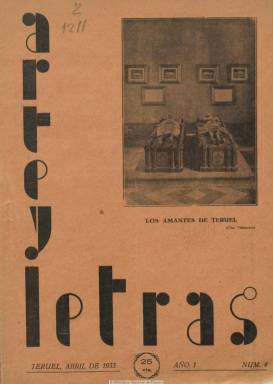
Título: Arte y letras (Teruel)
Colección: Arte || Literatura
Ámbito geográfico: Teruel
Lugar de publicación: Teruel
Fechas: 01/04/1933-30/11/1933

Revista mensual editada por la Sociedad de Amigos del Arte, de Teruel, con el propósito de reavivar las actividades artísticas y literarias en la ciudad y provincia y promover exposiciones, conciertos y certámenes, en donde confluyen, entre otros, los artistas Epifanio Abad y Salvador Gisbert, el poeta Luis Alcusa y Alonso Bea, que con toda probabilidad fue el director de la publicación, y que, en 1939, escribirá Ecos de la gesta de Teruel, con prólogo del general  Varela. Debió comenzar a publicarse a finales de 1932 o en enero de 1933, pues la colección de la Biblioteca Nacional de España comienza en su número 4, correspondiente al mes de abril de este año. Sus entregas son, generalmente, de doce páginas, con una cubierta ilustrada ocupada por una fotografía referida a monumentos o edificios turolenses (Los amantes de Teruel, la Torre de San Martín o la Casa Consistorial), en cuyo verso se inserta publicidad comercial local. Salió de la Imprenta B. Villanueva, compuesta a dos columnas.

Comienza cada número con una crónica de Alonso Bea bajo el epígrafe Garabatos, y le siguen otros textos sobre arte, monumentos arquitectónicos, historia, leyendas o estampas de la ciudad, además de otros de carácter creativo, tanto en prosa como en verso. También tiene una sección de Efemérides turolenses y da cuenta de las actividades de la sociedad, entre estas la velada literario-musical celebrada en el Teatro Martín o el certamen literario que organiza. Además de Bea, aparecen textos firmados por Marcial Pastor Sancho, Anselmo Sanz Serrano, Mariano Romance Roda, Alfonso Ferrer, Teodora Barquera, José Anduj o González Quintilla, así como otros bajo iniciales o seudónimos (Diábolo, Randagio).

En sus páginas interiores inserta algunas otras fotografías y dibujos, y el número 7 (julio de 1933) es un extraordinario, de veinte páginas, dedicado a Alcañiz, con un dibujo de M. Rodríguez Llora. El número 11, correspondiente a noviembre-diciembre, también de 20 páginas, es el último de la colección.